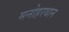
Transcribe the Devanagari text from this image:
मनोहरथान